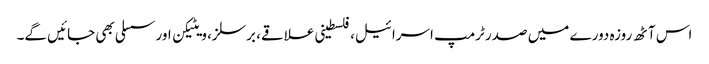
اس آٹھ روزہ دورے میں صدر ٹرمپ اسرائیل، فلسطینی علاقے، برسلز، ویٹیکن اور سسلی بھی جائیں گے۔